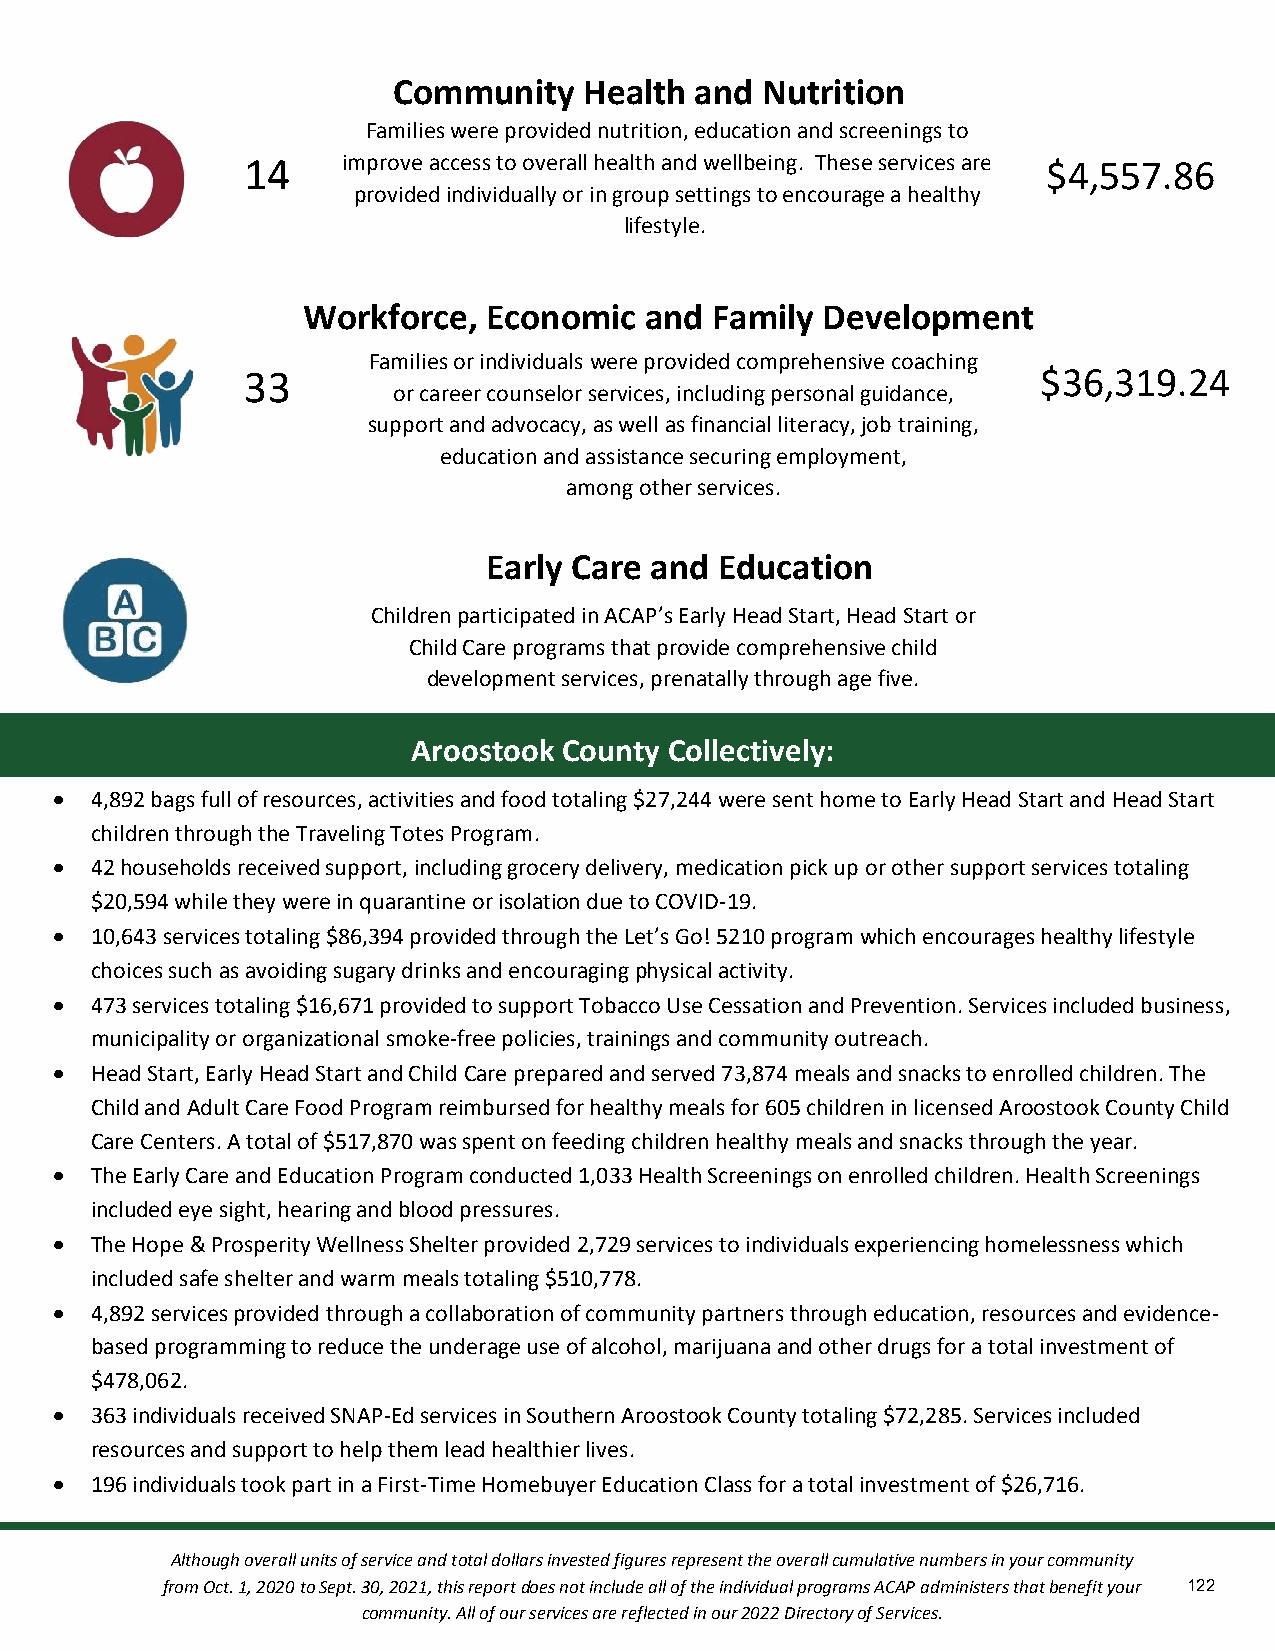
Community    Health and Nutrition
 Families were provided nutrition, education and screenings to
 14     imp rove access to overall healt&h a nd wellbeing. These services are $4,557.86
 provided individually or in group settings to encourage a healthy
 lifestyle.
 cation
 Workforce,  Economic   and Family Development
 Families or individuals were provided comprehensive coaching
 33                                                   $36,319.24
 or career counselor services, including personal guidacnacet,i on
 support and advocacy, as well as financial literacy, job training,
 education and assistance securing employment,
 among other services.
 Early Care and  Education
 Children participated in ACAP’s Early Head Start, Head Start or
 Child Care programs that provide comprehensive child
 development services, prenatally through age five.
 Aroostook County Collectively:
  4,892 bags full of resources, activities and food totaling $27,244 were sent home to Early Head Start and Head Start
 children through the Traveling Totes Program.
  42 households received support, including grocery delivery, medication pick up or other support services totaling
 $20,594 while they were in quarantine or isolation due to COVID-19.
  10,643 services totaling $86,394 provided through the Let’s Go! 5210 program which encourages healthy lifestyle
 choices such as avoiding sugary drinks and encouraging physical activity.
  473 services totaling $16,671 provided to support Tobacco Use Cessation and Prevention. Services included business,
 municipality or organizational smoke-free policies, trainings and community outreach.
  Head Start, Early Head Start and Child Care prepared and served 73,874 meals and snacks to enrolled children. The
 Child and Adult Care Food Program reimbursed for healthy meals for 605 children in licensed Aroostook County Child
 Care Centers. A total of $517,870 was spent on feeding children healthy meals and snacks through the year.
  The Early Care and Education Program conducted 1,033 Health Screenings on enrolled children. Health Screenings
 included eye sight, hearing and blood pressures.
  The Hope & Prosperity Wellness Shelter provided 2,729 services to individuals experiencing homelessness which
 included safe shelter and warm meals totaling $510,778.
  4,892 services provided through a collaboration of community partners through education, resources and evidence-
 based programming to reduce the underage use of alcohol, marijuana and other drugs for a total investment of
 $478,062.
  363 individuals received SNAP-Ed services in Southern Aroostook County totaling $72,285. Services included
 resources and support to help them lead healthier lives.
  196 individuals took part in a First-Time Homebuyer Education Class for a total investment of $26,716.
 Although overall units of service and total dollars invested figures represent the overall cumulative numbers in your community
 from Oct. 1, 2020 to Sept. 30, 2021, this report does not include all of the individual programs ACAP administers that benefit your 122
 community. All of our services are reflected in our 2022 Directory of Services.